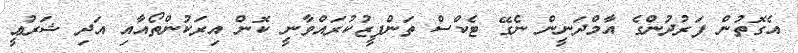
އެގޮތުން ފަރުދުންގެ އާމްދަނީން ނެގޭ ޓެކްސް ތަންފީޒުކުރައްވާނީ ކޮން އިރަކުންތޯއާއި އަދި ޝަރުޢީ